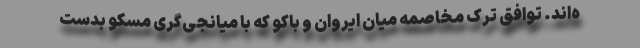
ه‌اند. توافق ترک مخاصمه میان ایروان و باکو که با میانجی‌گری مسکو بدست